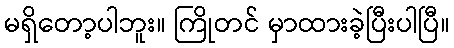
မရှိတော့ပါဘူး။ ကြိုတင် မှာထားခဲ့ပြီးပါပြီ။